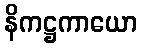
နိကဋ္ဌကာယော